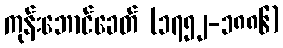
ကုန်းဘောင်ခေတ် (၁၇၅၂-၁၈၈၆)